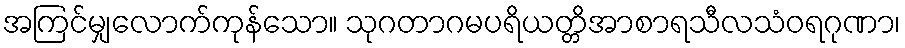
အကြင်မျှလောက်ကုန်သော။ သုဂတာဂမပရိယတ္တိအာစာရသီလသံဝရဂုဏာ၊